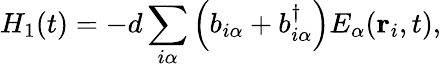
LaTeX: H_{1}(t)=-d\sum_{i\alpha}\left(b_{i\alpha}+b_{i\alpha}^{\dagger}\right)E_{\alpha}({\mathbf r}_{i},t),